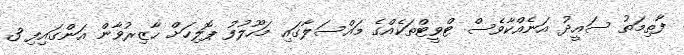
ފާތިމަތު ސައީދު އަނެއްކާވެސް ޓްވީޓްތަކެއްގެ މައްސަލާގައި މަހޫލުފު ޕޮލިހަށް ހާޒިރުވާން އަންގައިފި 3